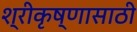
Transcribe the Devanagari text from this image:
श्रीकृष्णासाठी